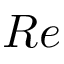
R e